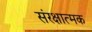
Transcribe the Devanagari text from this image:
संरक्षात्मक